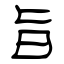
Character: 旨